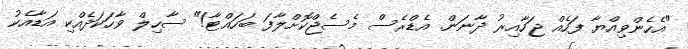
"އެހެންވިއްޔާ ފަހެއް ޖަހާއިރު ދާނަން. އެޑްރެސް މެސެޖްކޮށްލާފަ ބަހައްޓާ!" ސާހިލް ވާހަކަދެއްކި އަޑާއެކު